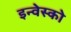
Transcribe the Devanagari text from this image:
इन्वेस्को